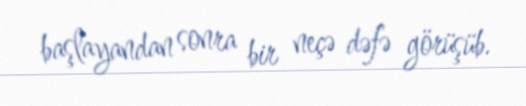
başlayandan sonra bir neçə dəfə görüşüb.